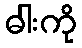
ဓါးကို